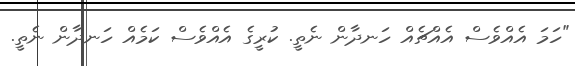
"ހަމަ އެއްވެސް އެއްޗެއް ހަނދާން ނެތީ. ކުރީގެ އެއްވެސް ކަމެއް ހަނދާން ނެތީ.